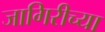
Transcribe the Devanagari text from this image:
जागिरीच्या